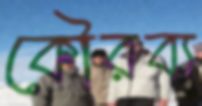
কৌরব্য